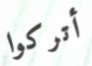
أتركوا